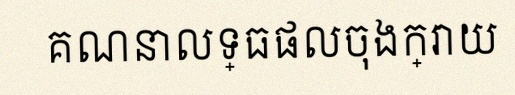
គណនាលទ្ធផលចុងក្រោយ